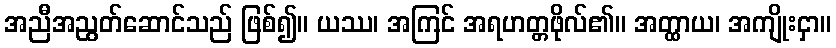
အညီအညွတ်ဆောင်သည် ဖြစ်၍။ ယဿ၊ အကြင် အရဟတ္တဖိုလ်၏။ အတ္ထာယ၊ အကျိုးငှာ။